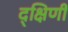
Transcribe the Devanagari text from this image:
द्क्षिणी